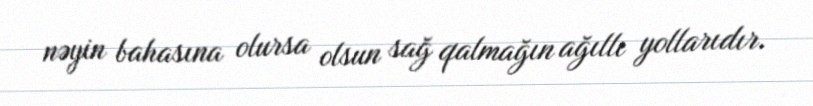
nəyin bahasına olursa olsun sağ qalmağın ağıllı yollarıdır.